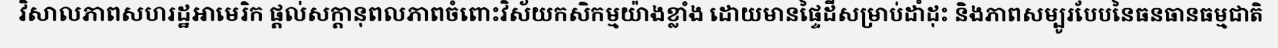
វិសាលភាពសហរដ្ឋអាមេរិក ផ្តល់សក្តានុពលភាពចំពោះវិស័យកសិកម្មយ៉ាងខ្លាំង ដោយមានផ្ទៃដីសម្រាប់ដាំដុះ និងភាពសម្បូរបែបនៃធនធានធម្មជាតិ